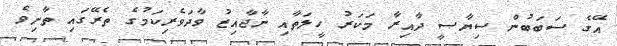
އޭގެ ސަބަބުން ސިޔާސީ ދާއިރާ މަކަރު ހީލަތާއި ނާޖާއިޒު ވާދަވެރިކަމުގެ ތެރޭގައި ތާށިވެ